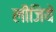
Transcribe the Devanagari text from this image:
लीजियें